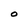
Character: O